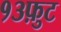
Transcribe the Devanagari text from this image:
१३फ़ुट